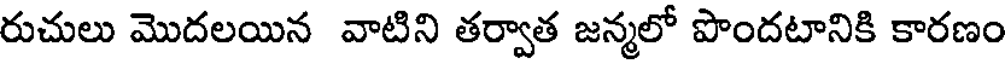
రుచులు మొదలయిన వాటిని తర్వాత జన్మలో పొందటానికి కారణం